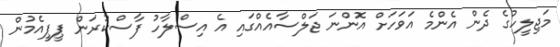
މަޖިލީހުގެ ދެން އެންމެ އަވަހަށް އޮންނަ ޖަލްސާއެއްގައި އެ އިސްލާހު ފާސްކުރަން ޕީޕީއެމުން